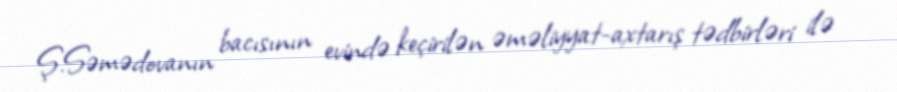
Ş.Səmədovanın bacısının evində keçirilən əməliyyat-axtarış tədbirləri ilə